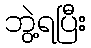
ဘွဲ့ရပြီး